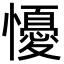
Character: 懮